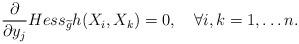
LaTeX: \begin{align*} \frac{\partial}{\partial y_j}Hess_{\widetilde{g}}h(X_i,X_k) = 0, \ \ \ \forall i,k=1,\ldots n.\end{align*}